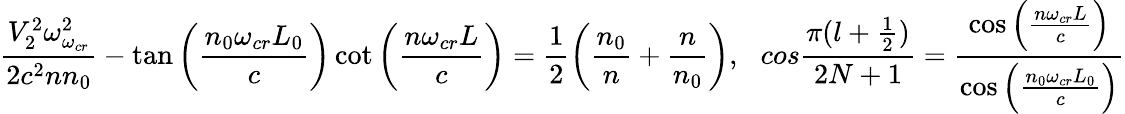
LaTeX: \frac{V_{2}^{2}\omega_{\omega_{cr}}^{2}}{2c^{2}nn_{0}}-\tan\left(\frac{n_{0}\omega_{cr}L_{0}}{c}\right)\cot\left(\frac{n\omega_{cr}L}{c}\right)=\frac{1}{2}\left(\frac{n_{0}}{n}+\frac{n}{n_{0}}\right),\ \ \, cos\frac{\pi(l+\frac{1}{2})}{2N+1}=\frac{\cos\left(\frac{n\omega_{cr}L}{c}\right)}{\cos\left(\frac{n_{0}\omega_{cr}L_{0}}{c}\right)}